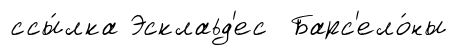
ссы́лка Эсклаьд'ес Барс'ело́ны